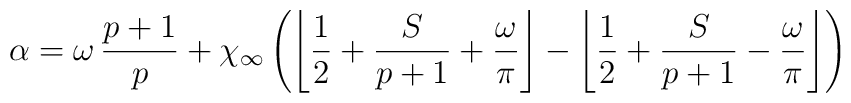
\alpha =\omega \, \displaystyle\frac{p+1}{p}+\chi _{\infty }\left( \left\lfloor \displaystyle\frac{1}{2}+\displaystyle\frac{S}{p+1}+\displaystyle\frac{\omega }{\pi }\right\rfloor -\left\lfloor \displaystyle\frac{1}{2}+\displaystyle\frac{S}{p+1}-\displaystyle\frac{\omega }{\pi }\right\rfloor \right)